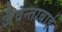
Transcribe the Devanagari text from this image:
जैवन्ताबाई